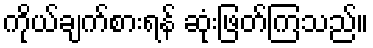
ကိုယ်ချက်စားရန် ဆုံးဖြတ်ကြသည်။